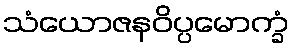
သံယောဇနဝိပ္ပမောက္ခံ